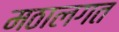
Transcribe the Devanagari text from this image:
मठालगत